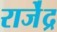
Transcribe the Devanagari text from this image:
राजे॑द्र